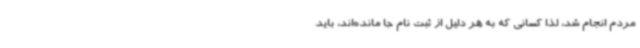
مردم انجام شد، لذا کسانی که به هر دلیل از ثبت نام جا مانده‌اند، باید